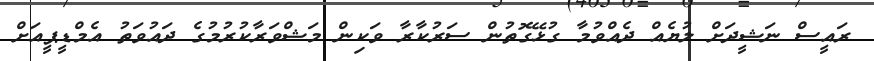
ރައީސް ނަޝީދަށް ލުޔެއް ދެއްވުމާ ގުޅޭގޮތުން ސަރުކާރާ ވަކިން މަޝްވަރާކުރުމުގެ ދައުވަތު އެމްޑީޕީއަށް